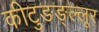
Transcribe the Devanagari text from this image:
कीटुङङ्ल्लूर